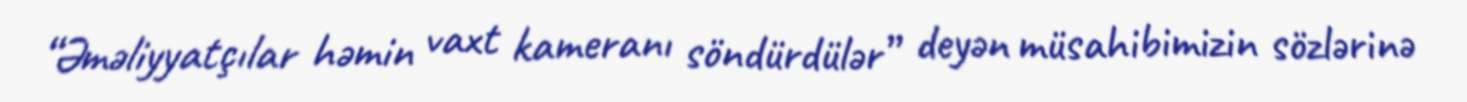
“Əməliyyatçılar həmin vaxt kameranı söndürdülər” deyən müsahibimizin sözlərinə